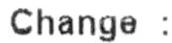
CHANGE :